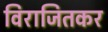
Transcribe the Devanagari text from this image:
विराजितकर